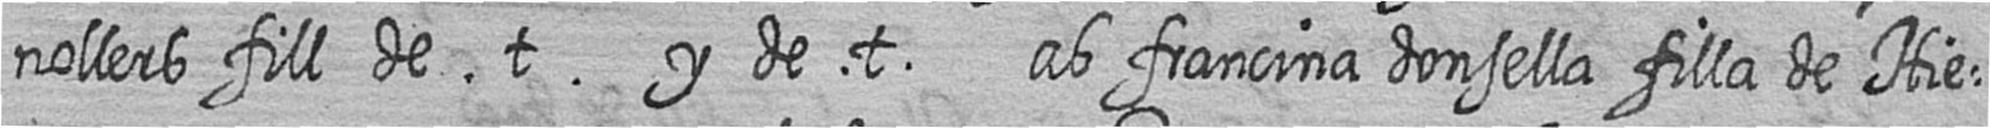
nollers fill de t y de t ab francina donsella filla de Hie=